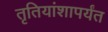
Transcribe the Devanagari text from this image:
तृतियांशापर्यंत